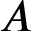
A